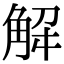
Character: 𮗨